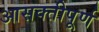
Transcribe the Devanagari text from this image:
आसक्तीपूर्ण